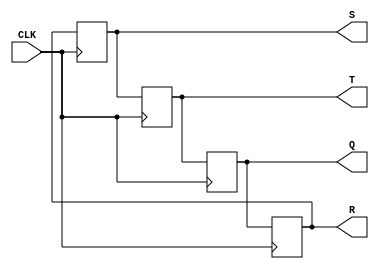
module ring_counter(CLK, Q, R, S, T);
 input CLK;
 output Q,R,S,T;
 reg Q,R,S,T;
initial
begin
Q=1; R=0; S=0; T=0;
end
always @(posedge CLK)
begin
Q<=T; R<=Q; S<=R; T<=S;
end
endmodule